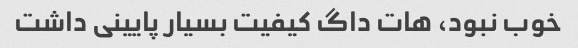
خوب نبود، هات داگ کیفیت بسیار پایینی داشت